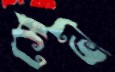
সেভে